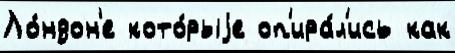
Ло́ндон'е кото́рыjе оп'ира́л'ись как